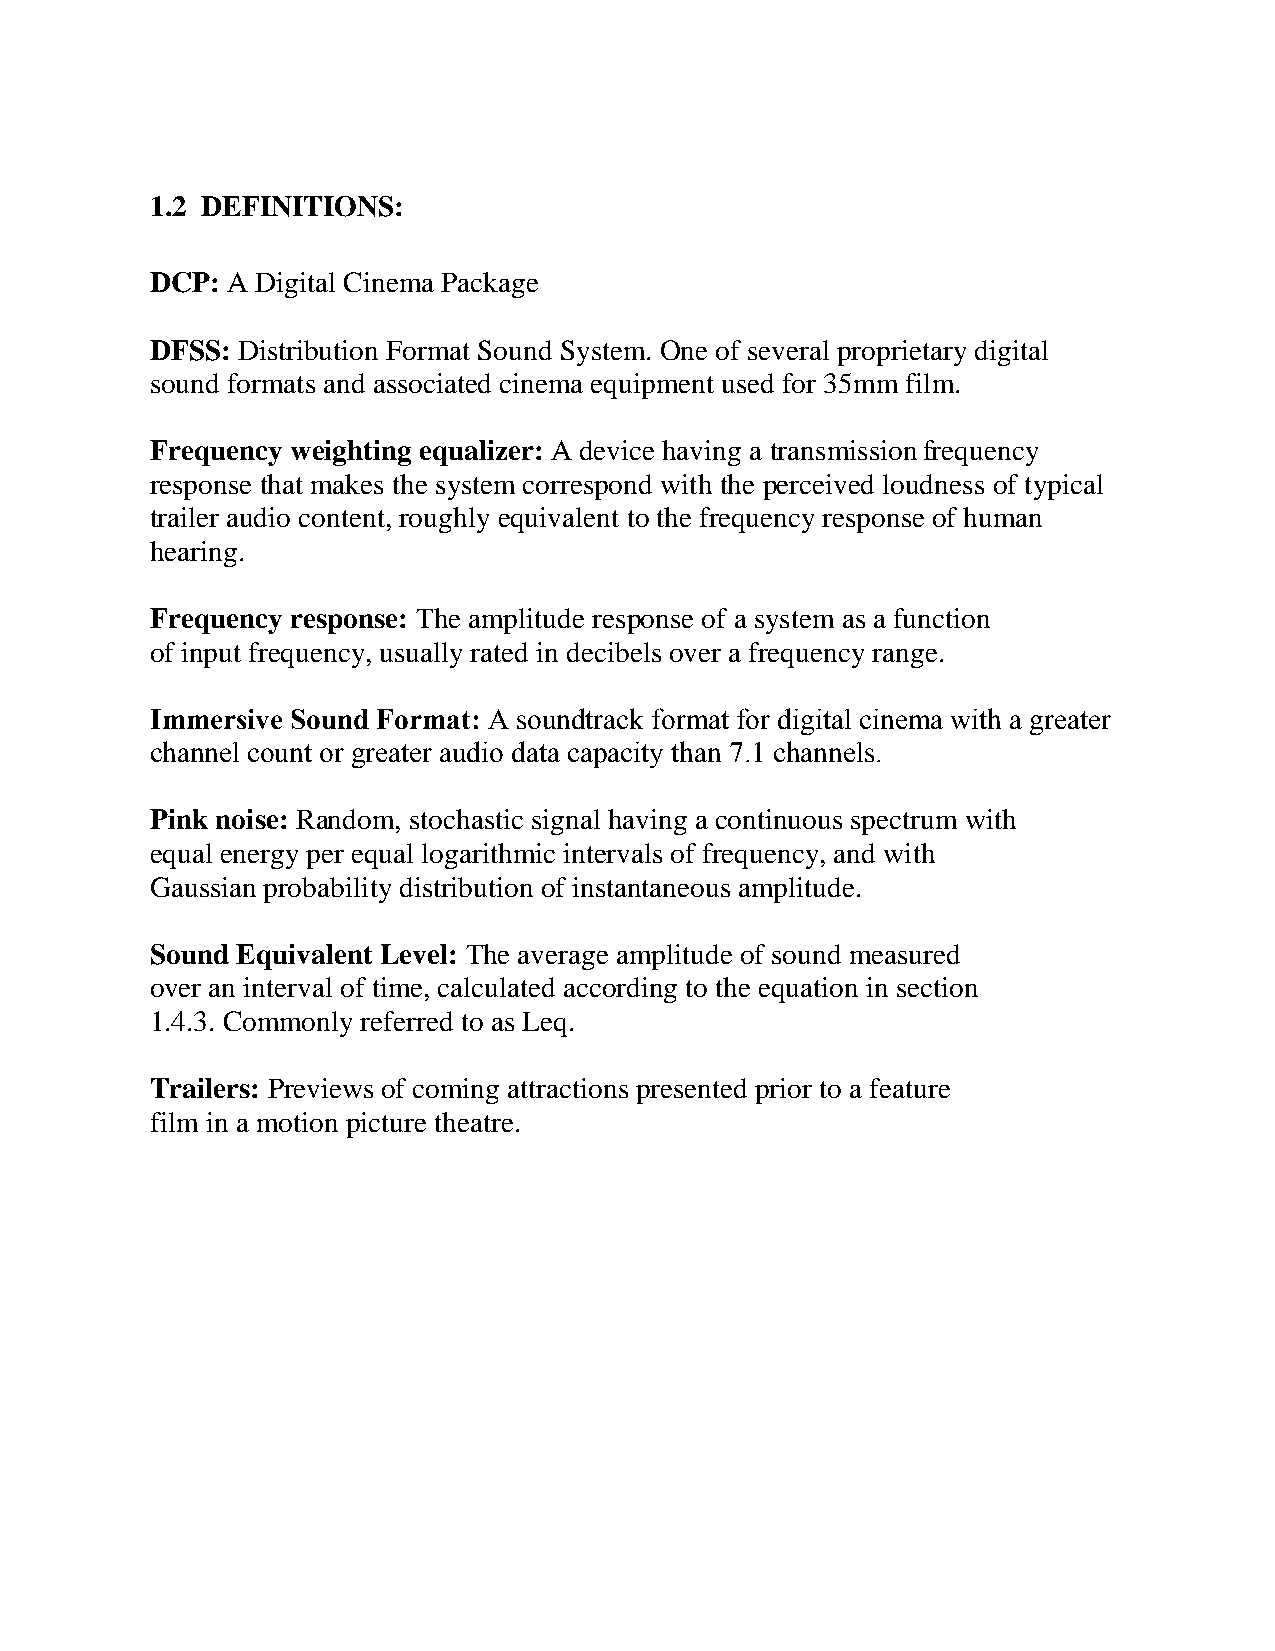
1.2 DEFINITIONS:
 DCP: A Digital Cinema Package
 DFSS: Distribution Format Sound System. One of several proprietary digital
 sound formats and associated cinema equipment used for 35mm film.
 Frequency weighting equalizer: A device having a transmission frequency
 response that makes the system correspond with the perceived loudness of typical
 trailer audio content, roughly equivalent to the frequency response of human
 hearing.
 Frequency response: The amplitude response of a system as a function
 of input frequency, usually rated in decibels over a frequency range.
 Immersive Sound Format: A soundtrack format for digital cinema with a greater
 channel count or greater audio data capacity than 7.1 channels.
 Pink noise: Random, stochastic signal having a continuous spectrum with
 equal energy per equal logarithmic intervals of frequency, and with
 Gaussian probability distribution of instantaneous amplitude.
 Sound Equivalent Level: The average amplitude of sound measured
 over an interval of time, calculated according to the equation in section
 1.4.3. Commonly referred to as Leq.
 Trailers: Previews of coming attractions presented prior to a feature
 film in a motion picture theatre.